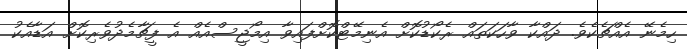
ހިމެނޭ އެއްޗެކެވެ. ދައްކާ ވާހަކަތައް ރެކޯޑުކޮށް އެނިމޭޓްކޮށްފައިވާ އިމޯޖީސްއެއް އެ ފީޗާމެދުވެރިކޮށް އަޑާއެކު